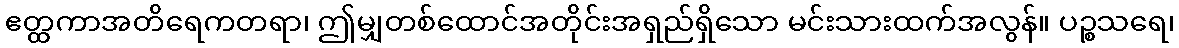
ဧတ္ထကာအတိရေကတရာ၊ ဤမျှတစ်ထောင်အတိုင်းအရှည်ရှိသော မင်းသားထက်အလွန်။ ပဉ္စသရေ၊